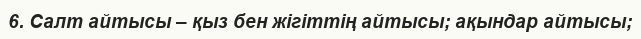
6. Салт айтысы – қыз бен жігіттің айтысы; ақындар айтысы;